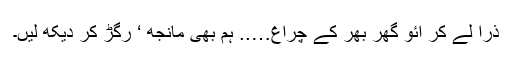
ذرا لے کر آئو گھر بھر کے چراغ….. ہم بھی مانجھ ‘ رگڑ کر دیکھ لیں۔